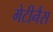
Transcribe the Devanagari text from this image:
मेटीनैंस